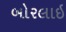
બોરલાઇ